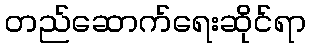
တည်ဆောက်ရေးဆိုင်ရာ